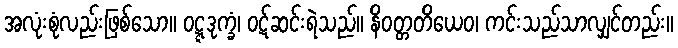
အလုံးစုံလည်းဖြစ်သော။ ဝဋ္ဋဒုက္ခံ၊ ဝဋ်ဆင်းရဲသည်။ နိဝတ္တတိယေဝ၊ ကင်းသည်သာလျှင်တည်း။